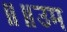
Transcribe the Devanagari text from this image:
॥॥उम